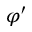
\varphi ^ { \prime }